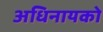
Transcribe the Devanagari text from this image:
अधिनायको